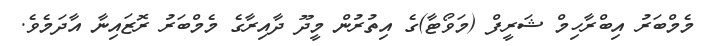
މެމްބަރު އިބްރާހިމް ޝަރީފް (މަވޯޓާ)ގެ އިތުރުން މީދޫ ދާއިރާގެ މެމްބަރު ރޮޒައިނާ އާދަމެވެ.